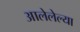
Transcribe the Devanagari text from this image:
आलेलेल्या